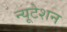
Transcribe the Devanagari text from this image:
न्यूटेशन